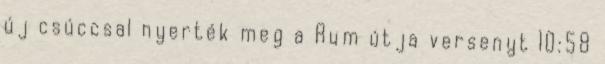
új csúccsal nyerték meg a Rum útja versenyt 10:58